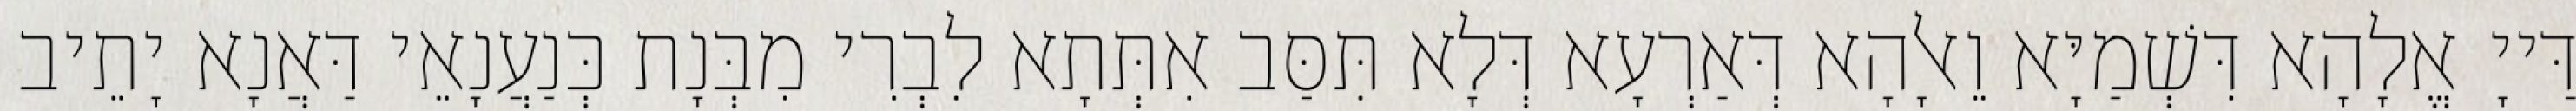
דַּייָ אֱלָהָא דִּשְׁמַיָּא וֵאלָהָא דְּאַרְעָא דְּלָא תִּסַּב אִתְּתָא לִבְרִי מִבְּנָת כְּנַעֲנָאֵי דַּאֲנָא יָתֵיב